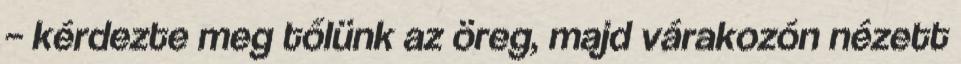
– kérdezte meg tőlünk az öreg, majd várakozón nézett